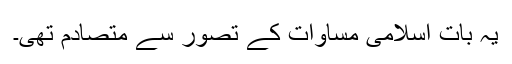
یہ بات اسلامی مساوات کے تصور سے متصادم تھی۔